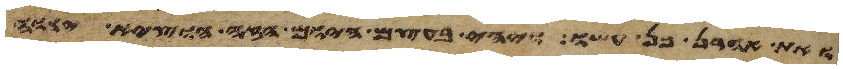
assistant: ואת אהרן כן עשו ויהי בעצם היום הזה הוציא יהוה